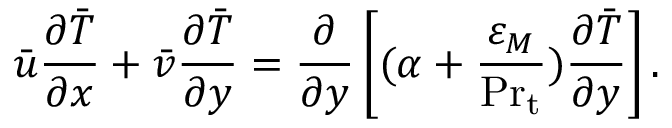
{ \bar { u } } { \frac { \partial { \bar { T } } } { \partial x } } + { \bar { v } } { \frac { \partial { \bar { T } } } { \partial y } } = { \frac { \partial } { \partial y } } \left[ ( \alpha + { \frac { \varepsilon _ { M } } { \mathrm { P r } _ { \mathrm { t } } } } ) { \frac { \partial { \bar { T } } } { \partial y } } \right] .